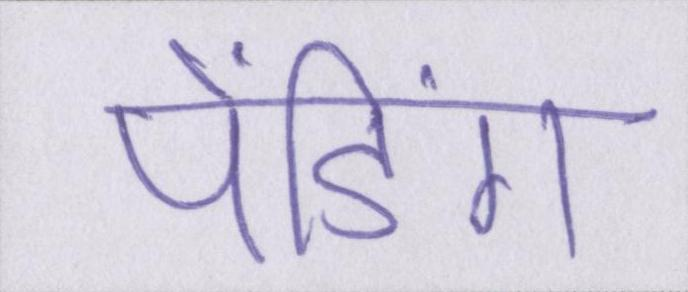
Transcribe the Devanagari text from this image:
पेंडिंग